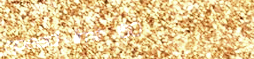
speed limit 60